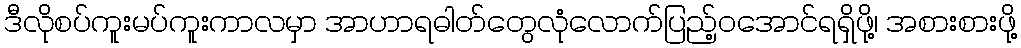
ဒီလိုစပ်ကူးမပ်ကူးကာလမှာ အာဟာရဓါတ်တွေလုံလောက်ပြည့်ဝအောင်ရရှိဖို့၊ အစားစားဖို့